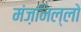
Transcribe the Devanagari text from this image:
मंज़निल्लो